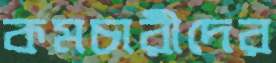
কমচারীদের